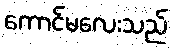
ကောင်မလေးသည်